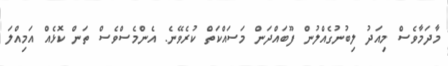
މާދަަމާވެސް މިއަދު ލިބުނުގެއްލުން ފޫބައްދަން މަސައްކަތް ކުރެވޭނެ. އެންމެސްވެސް ތަން ކޮޅެއް އަމިއްލަ